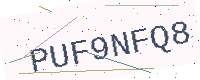
Text: PUF9NFQ8